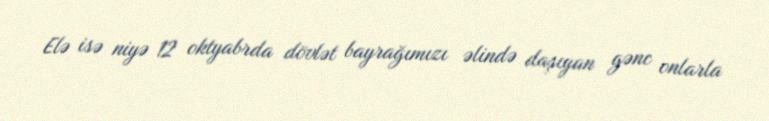
Elə isə niyə 12 oktyabrda dövlət bayrağımızı əlində daşıyan gənc onlarla